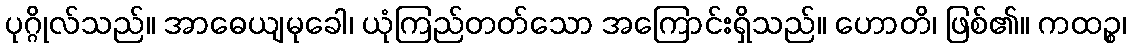
ပုဂ္ဂိုလ်သည်။ အာဓေယျမုခေါ၊ ယုံကြည်တတ်သော အကြောင်းရှိသည်။ ဟောတိ၊ ဖြစ်၏။ ကထဉ္စ၊